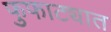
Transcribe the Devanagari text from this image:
फुफाट्यात